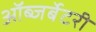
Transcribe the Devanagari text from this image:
ऑब्जर्बेटरी